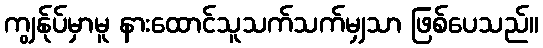
ကျွန်ုပ်မှာမူ နားထောင်သူသက်သက်မျှသာ ဖြစ်ပေသည်။